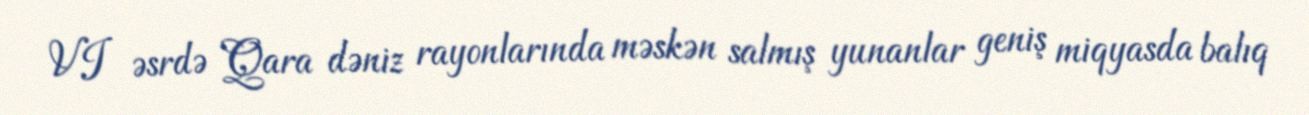
VI əsrdə Qara dəniz rayonlarında məskən salmış yunanlar geniş miqyasda balıq